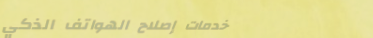
خدمات إصلاح الهواتف الذكي